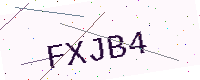
Text: FXJB4